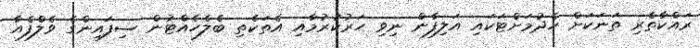
ރައްކާތެރި ތަނަކަށް ހެދުމަށްޓަކައި އަލިފާން ނިވި ހަރުކުރުމާއި އެތަކެތި ބެލެހެއްޓުން ސިފައިންގެ ވެލްފެއާ